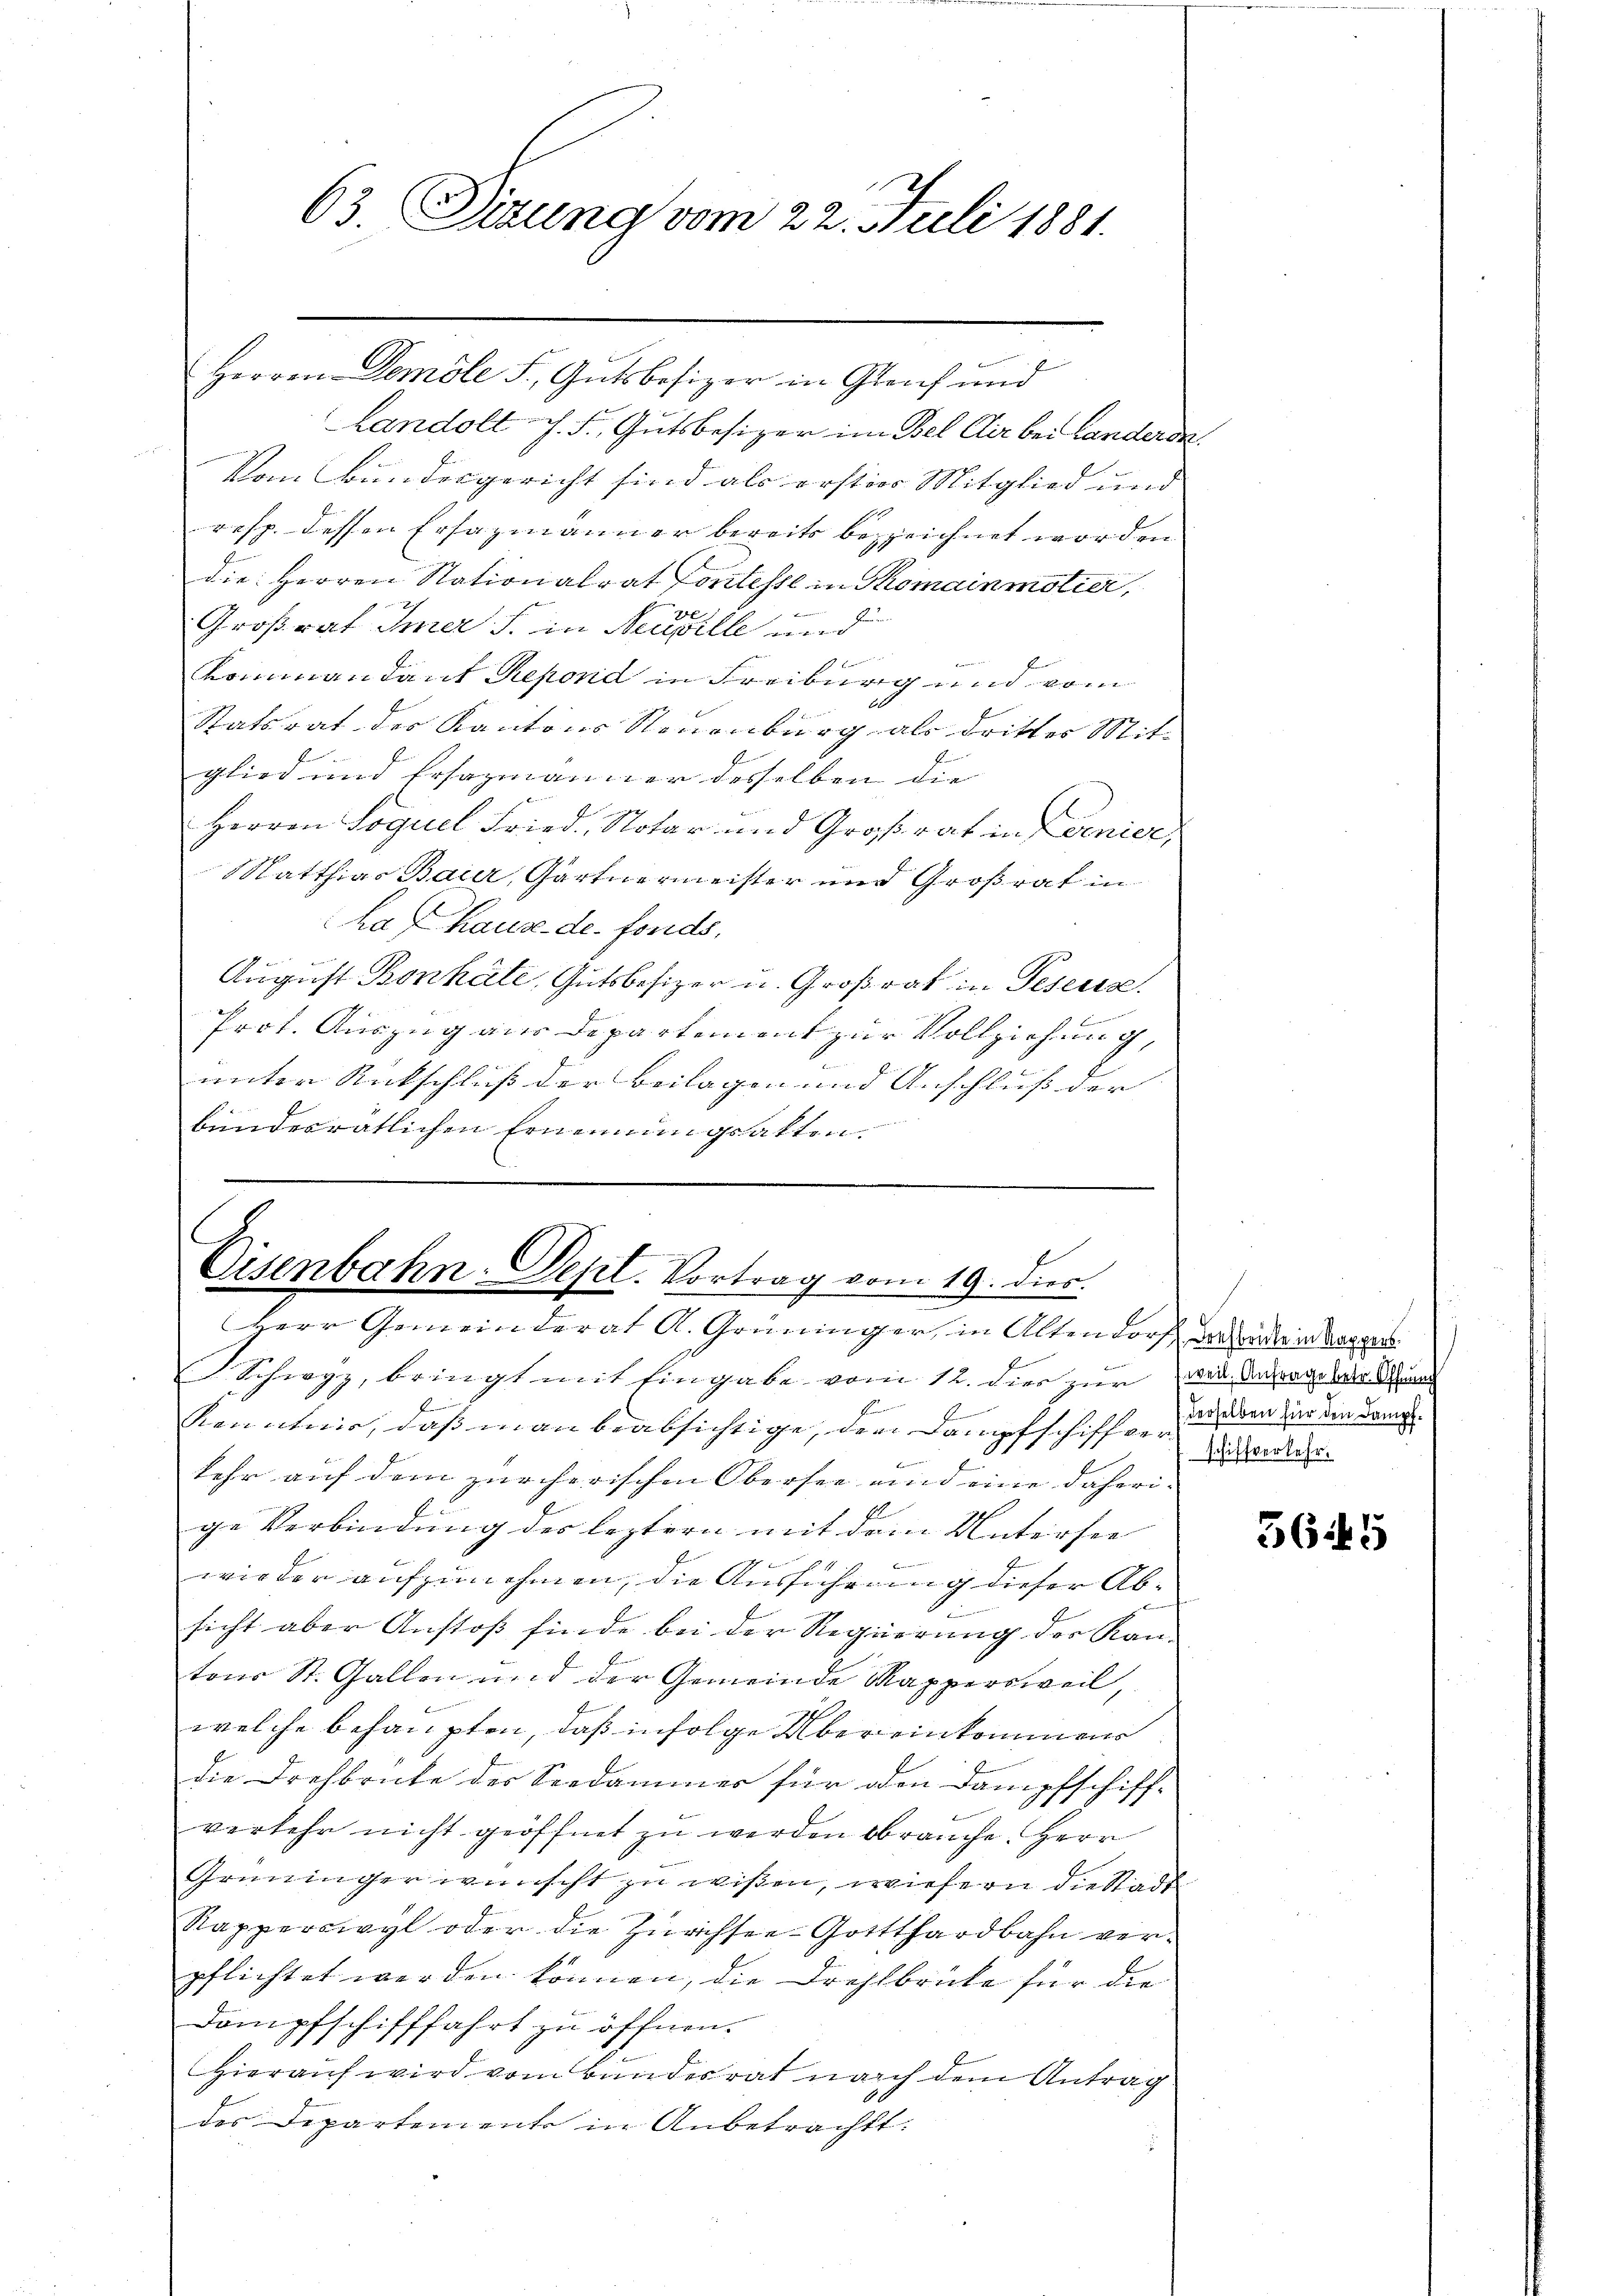
63. Situng vom 22. Juli 1881.

Herren Demöle S. Gutsbesizer in Gleich und
Landolt J. F. Gutsbesizer im Bel Dir bei Landeren.
Von Bundesgericht sind als erstier Mitglied und
resp. dessen Ersazmänner bereits bezeichnet worden
die Herren Nationalrat Contesse in Thomainmotier,
B
Großrat Immer s. in Neuville und
Bernenner
e
dommandant Refond in Freiburg und vom

Statsrat des Kantons Neuenburg als dritter Mit-
glied und Ersazmanner desselben die |
Herren Soguel Fried Notar und Großrat in denier,
Matthias Baur, Gärtnermeister und Großrat in
hafhause de fonds,
August Bonhalte, Gutsbesizer u. Großrat in Peseuse.
Prot. Auszug aus Departement zur Vollziehung,
unter Rückschluß der Beilagen und Anschluß der
bundesrätlichen Ernennungsakten.

6
Eisenbahn. Depl. Vortrag vom 19. dies.
Herr Gemeinderat A. Grüninger, in Altendorf anden

Schwyz, bringt mit Eingabe vom 12. dies zur wie Antrage der Au
Renntnis, daß man beabsichtige, den Dampfschiffver-
kehr auf dem zürcherischen Obersee und eine daheri-
E
ge Verbindung des leztern mit dem Untersee
f
e
wieder aufzunehmen, die Ausführung dieser Abe
sicht aber Anstoß finde bei der Regierung der Kan-
tons St. Gallen und der Gemeinde Kappersweil,
welche behaupten, daß infolge Über einkommens
die Drehbrube der Seedammer für oden Dampfschiff-
verkehr nicht geöffnet zu werden brauche. Herr
Grüninger wünscht zu wißen, wiefern die Stadt
Rapperswyl oder die Zürichsee-Gottthardbahn verpflichtet werden können, die Drohlbrüke für die
Dampfschifffahrt zu öffnen.
Hierauf wird vom Bundesrat nach dem Antrag
des Departemente in Anbetracht:

derselben für den Dampf¬
Alterthe

3645